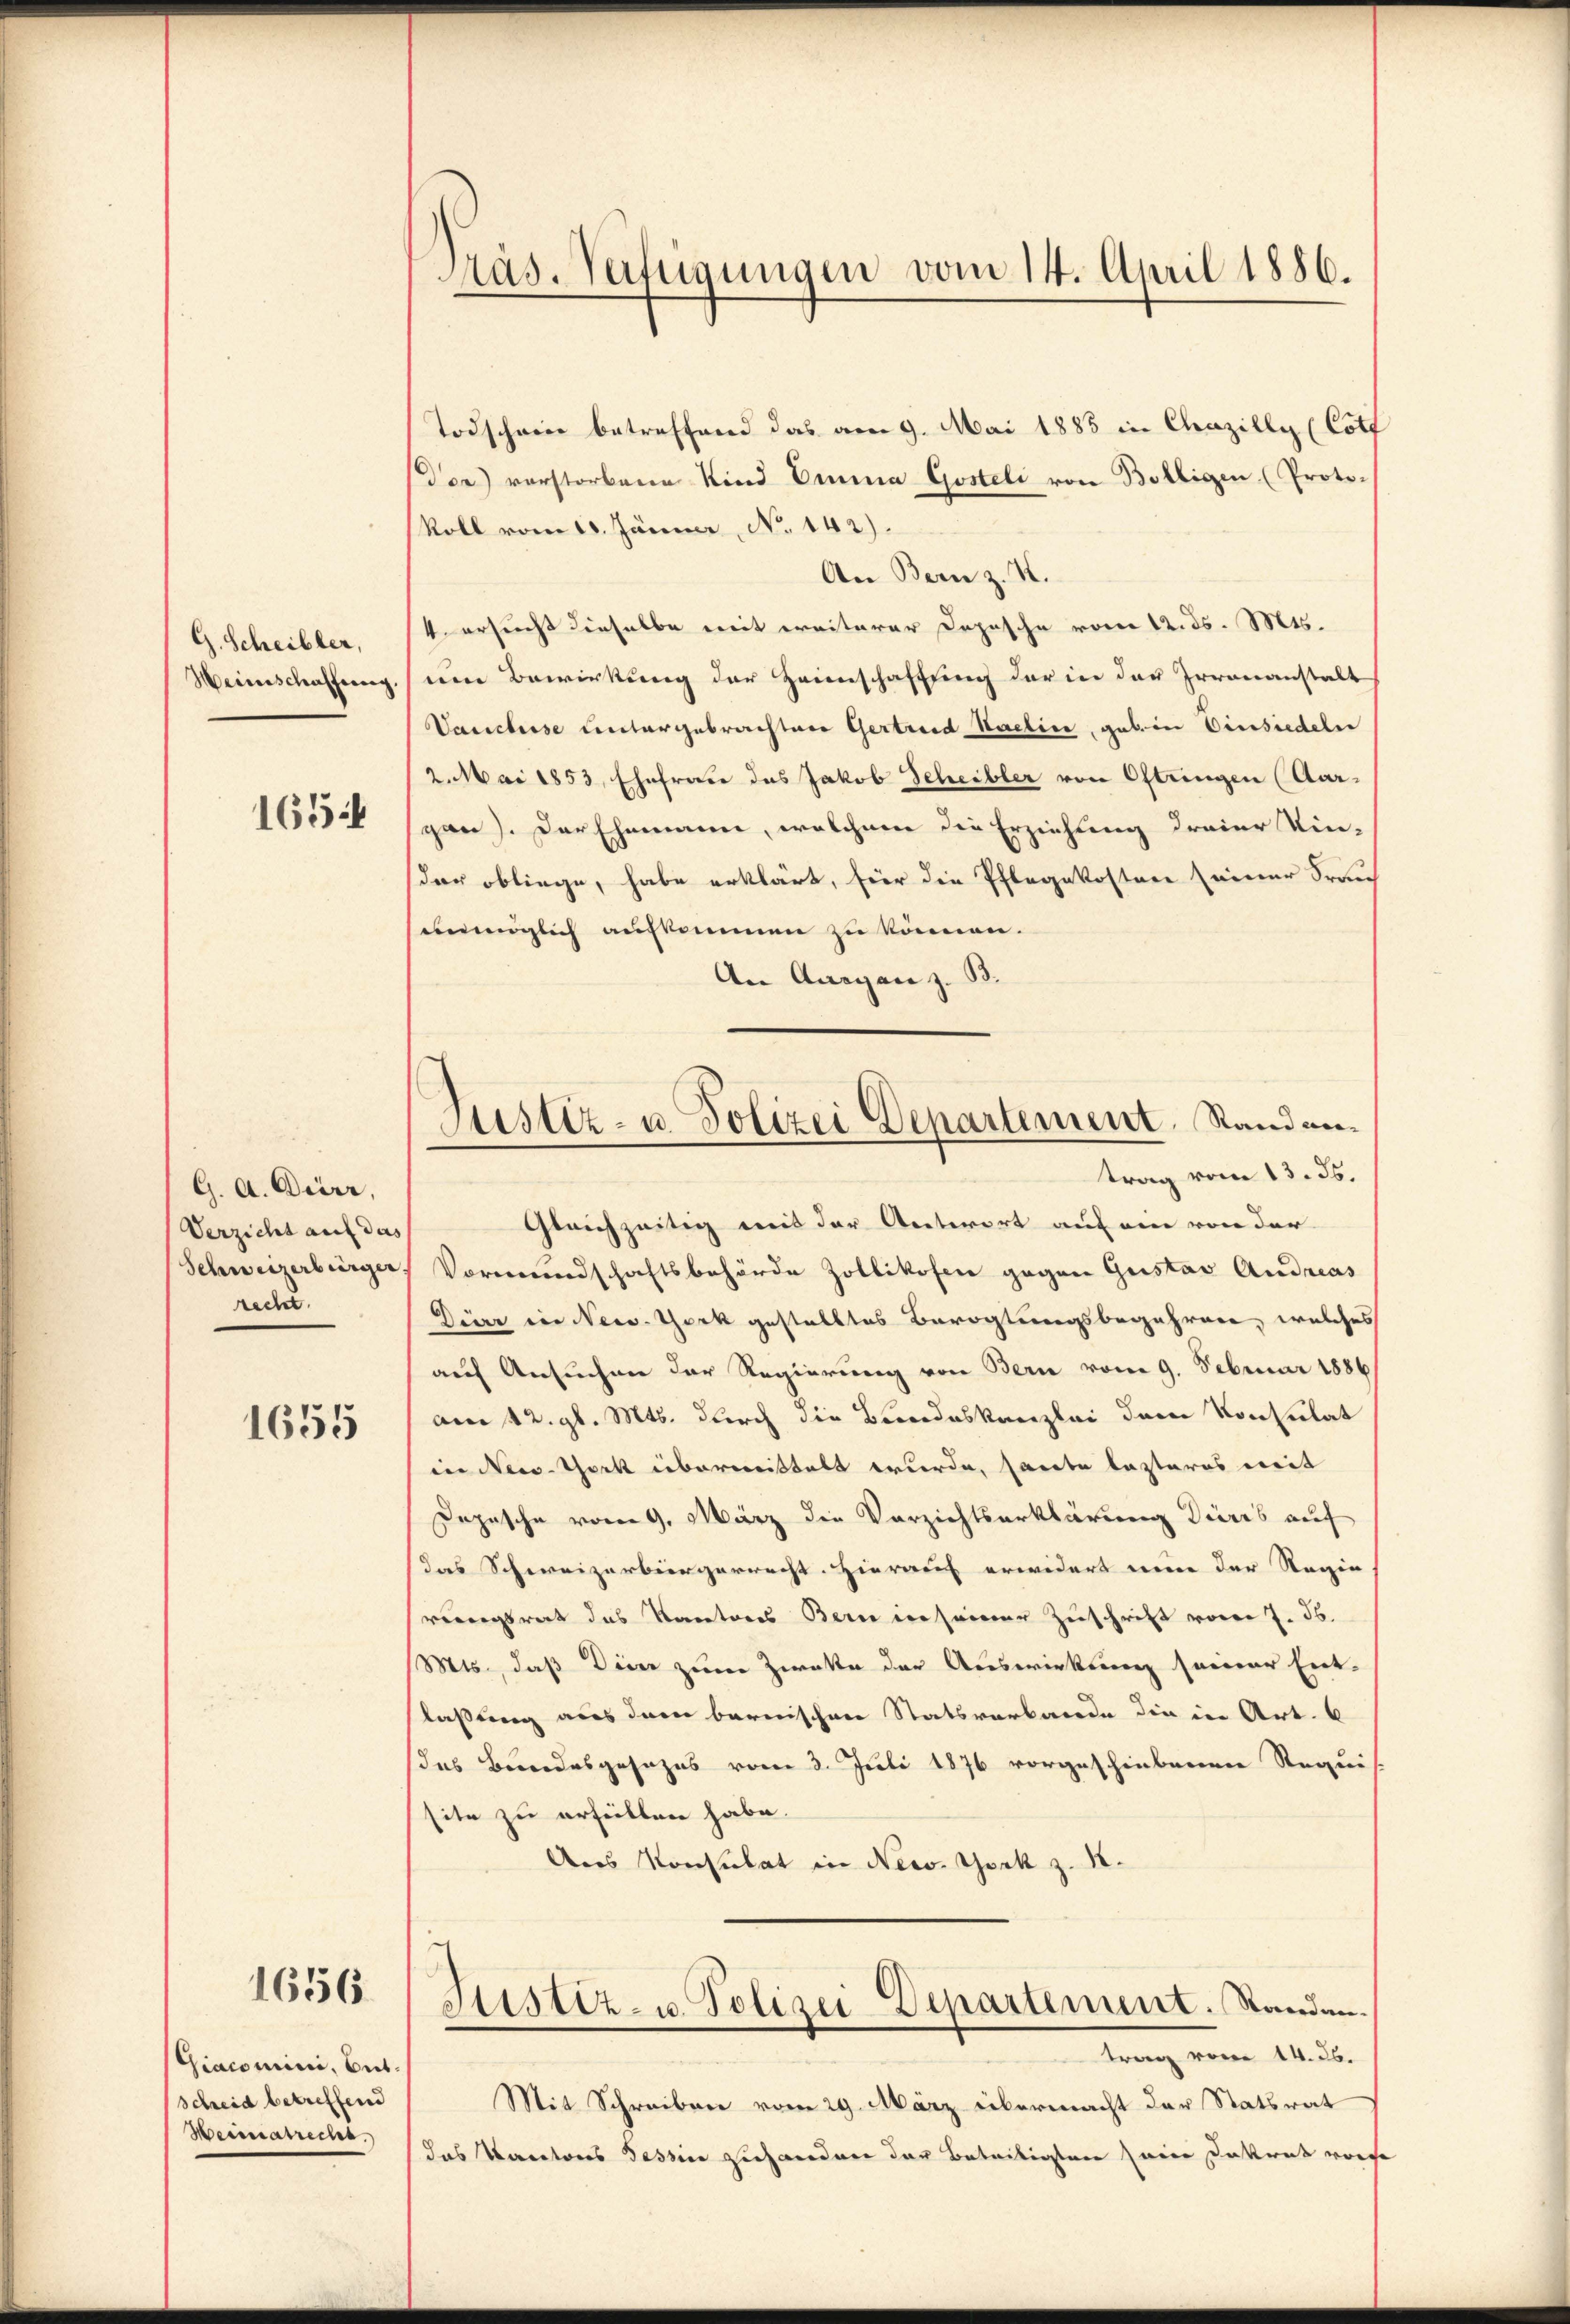
G. Scheibler,
Heinschaffung,

165

G. A. Dierr,
Verzicht auf das
Schweizerbürger
recht.

1655

1656

Giacomini, bet
Schreid betreffend
Heimatrecht.

Präs. Verfügungen vom 14. April 1886.

Justiz- u. Polizei Departement, Randantrag vom 13. 35.

Todscheine betreffend das am 9. Mai 1885 in Chazilly (Cotf
Der vorstorbene Kind Emma Gosteli von Bolligen (Proto-
Roll vom 10. Jänner, No 142).
An Bern z. K.
4 ersucht dieselbe mit weiterer Dopische vom 12. ds. Mts.
eine Bewirkung der Heimschaffung der in der Irrenanstalt
Vauchse untergebrachten Gertrud Hadlin, gab in Einsiedeln
2. Mai 1853, Ehefraue das Jakob Scheibler von Oftringen (Aargan). Der Ehemann, welchem die Erziehung dreier Kin-
dar obliege, habe erklärt, für die Pflegekosten seiner Frau
unmöglich aufkommen zu können.
An Ausgan z. B.
Gleichzeitig mit der Antwort auf ein von der
Vormundschaftsbehörde Zollikofen gegen Gustav Andreas
Dieer in New-York gestelltes Bevogtungsbegehren, welches
auf Ansuchen der Regierung von Bern vom 9. Februar 1886
am 12. gl. Mts. durch die Bundeskanzlei dem Konsulat
in New-York übermittelt werde, sarte lezteres mit
Depesche vom 9. März die Verzichtserklärung Tieres auf
Das Schweizerbürgerrecht. Hierauf erwidert eine der Regin
rungsrat das Karatores Bern in seiner Zuschrift vor 7. ds.
Mts., daß Diner zum Zweke der Auswirkung seiner Ent-
laßung aus dem bernischen Statsverbande die in Art. 6
das Bundesgesezes vom 3. Juli 1876 vorgeschiebenen Requis
site zu erteilten habe.
Ans Konsulat in New York z. B.
Justiz- u. Polizei Departement. Standen.
trag vom 14. 26.
Mit Schreiben vom 29. März übermacht der Statsrat
das Kantons Tessin zuhanden der Beteiligten seine Dekret worde